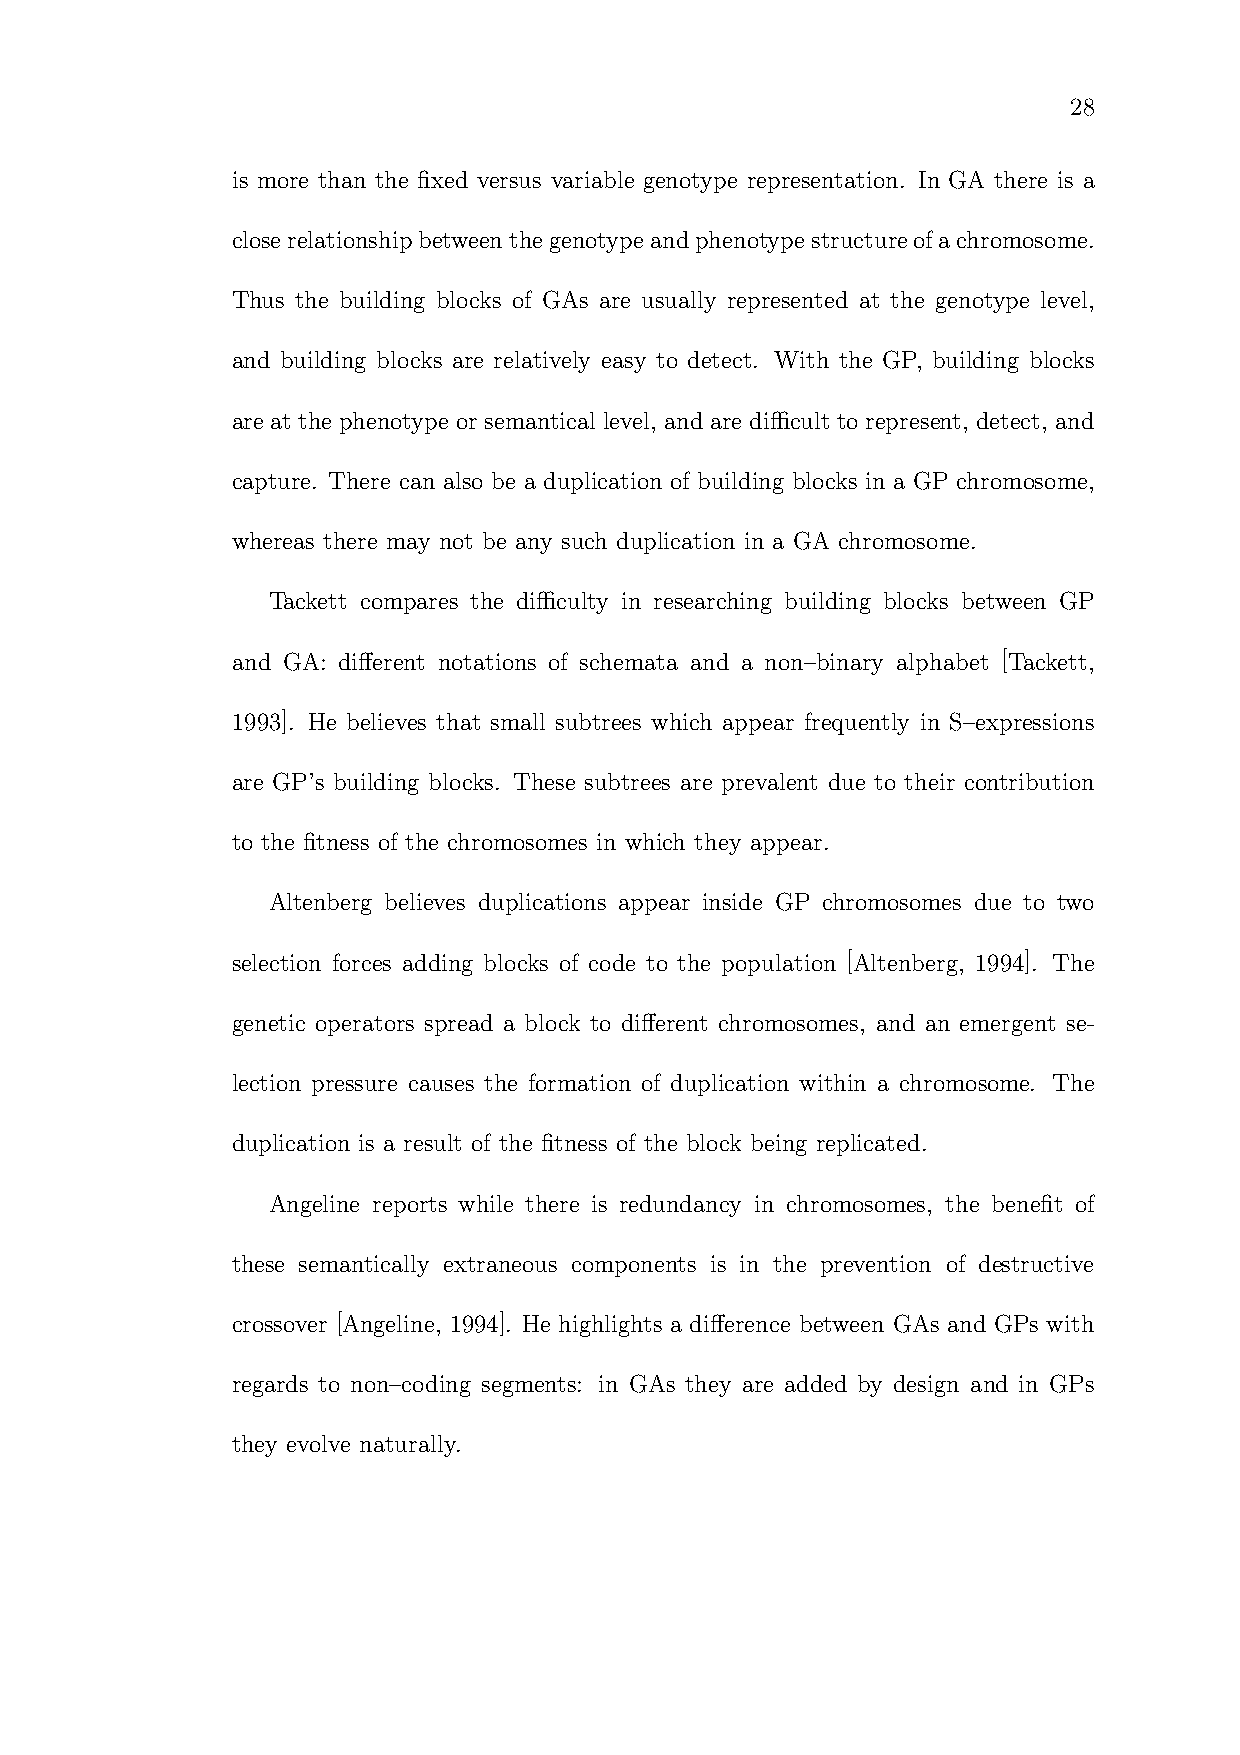
28
 is more than the fixed versus variable genotype representation. In GA there is a
 closerelationshipbetweenthegenotypeandphenotypestructureofachromosome.
 Thus the building blocks of GAs are usually represented at the genotype level,
 and building blocks are relatively easy to detect. With the GP, building blocks
 are at the phenotype or semantical level, and are difficult to represent, detect, and
 capture. There can also be a duplication of building blocks in a GP chromosome,
 whereas there may not be any such duplication in a GA chromosome.
 Tackett compares the difficulty in researching building blocks between GP
 and GA: different notations of schemata and a non–binary alphabet [Tackett,
 1993]. He believes that small subtrees which appear frequently in S–expressions
 are GP’s building blocks. These subtrees are prevalent due to their contribution
 to the fitness of the chromosomes in which they appear.
 Altenberg believes duplications appear inside GP chromosomes due to two
 selection forces adding blocks of code to the population [Altenberg, 1994]. The
 genetic operators spread a block to different chromosomes, and an emergent se-
 lection pressure causes the formation of duplication within a chromosome. The
 duplication is a result of the fitness of the block being replicated.
 Angeline reports while there is redundancy in chromosomes, the benefit of
 these semantically extraneous components is in the prevention of destructive
 crossover [Angeline, 1994]. He highlights a difference between GAs and GPs with
 regards to non–coding segments: in GAs they are added by design and in GPs
 they evolve naturally.